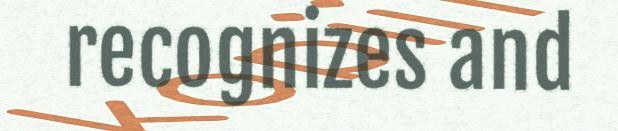
recognizes and